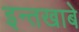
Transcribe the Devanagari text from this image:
इन्तखाबे